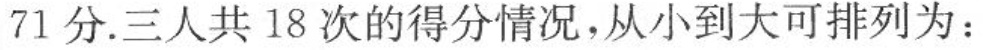
71分。三人共18次的得分情况，从小到大可排列为：